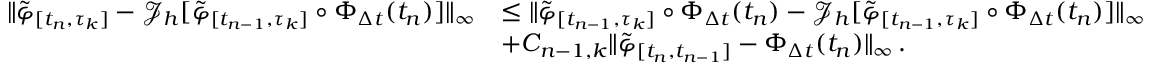
\begin{array} { r l } { \lVert \tilde { \varphi } _ { [ t _ { n } , \tau _ { k } ] } - \mathcal { J } _ { h } [ \tilde { \varphi } _ { [ t _ { n - 1 } , \tau _ { k } ] } \circ \Phi _ { \Delta t } ( t _ { n } ) ] \rVert _ { \infty } } & { \leq \lVert \tilde { \varphi } _ { [ t _ { n - 1 } , \tau _ { k } ] } \circ \Phi _ { \Delta t } ( t _ { n } ) - \mathcal { J } _ { h } [ \tilde { \varphi } _ { [ t _ { n - 1 } , \tau _ { k } ] } \circ \Phi _ { \Delta t } ( t _ { n } ) ] \rVert _ { \infty } } \\ & { + C _ { n - 1 , k } \lVert \tilde { \varphi } _ { [ t _ { n } , t _ { n - 1 } ] } - \Phi _ { \Delta t } ( t _ { n } ) \rVert _ { \infty } \, . } \end{array}